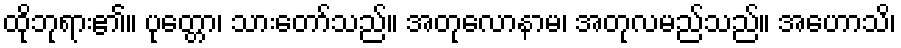
ထိုဘုရား၏။ ပုတ္တော၊ သားတော်သည်။ အတုလောနာမ၊ အတုလမည်သည်။ အဟောသိ၊